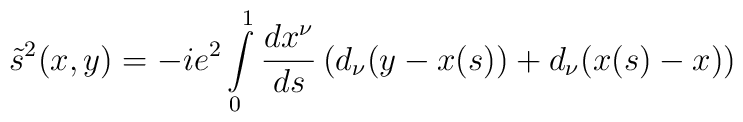
\tilde{s}^{2}(x,y)=-ie^2\int\limits_0^1\frac{dx^\nu}{ds}\,(d_\nu(y-x(s)) +d_\nu(x(s) - x))